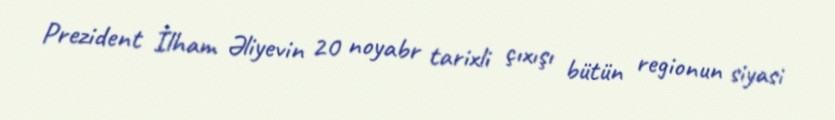
Prezident İlham Əliyevin 20 noyabr tarixli çıxışı bütün regionun siyasi